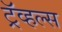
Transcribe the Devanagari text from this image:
ट्रॅव्हल्स